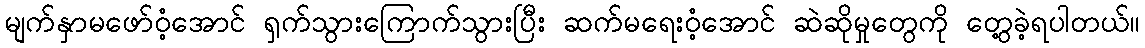
မျက်နှာမဖော်ဝံ့အောင် ရှက်သွားကြောက်သွားပြီး ဆက်မရေးဝံ့အောင် ဆဲဆိုမှုတွေကို တွေ့ခဲ့ရပါတယ်။